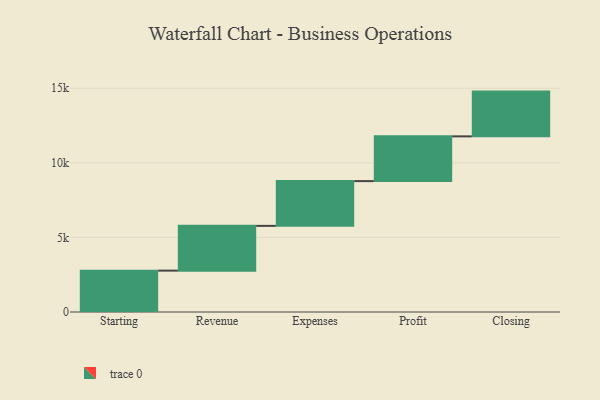
{"axis": {"x": "Step", "y": "Value"}, "legend": [""], "data": [{"x": "Starting", "y": 2773.0, "type": ""}, {"x": "Revenue", "y": 3000, "type": ""}, {"x": "Expenses", "y": 3000, "type": ""}, {"x": "Profit", "y": 3000, "type": ""}, {"x": "Closing", "y": 3000, "type": ""}]}